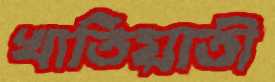
খাতিয়াতী